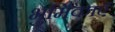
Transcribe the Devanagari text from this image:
भुमिकाएँ